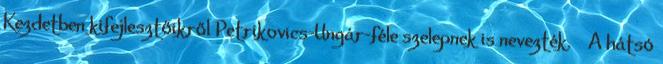
Kezdetben kifejlesztőikről Petrikovics–Ungár-féle szelepnek is nevezték. ↑ A hátsó